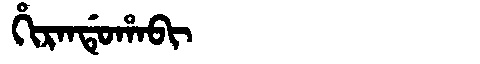
Manchu: ᡥᡳᡵᠠᠨᡩᡠᡥᠠᠪᡳ
Romanization: HIRANDUHABI